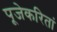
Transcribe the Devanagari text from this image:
पूजेकरितां